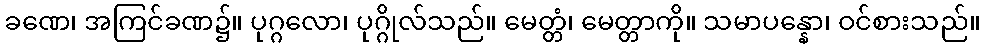
ခဏေ၊ အကြင်ခဏ၌။ ပုဂ္ဂလော၊ ပုဂ္ဂိုလ်သည်။ မေတ္တံ၊ မေတ္တာကို။ သမာပန္နော၊ ဝင်စားသည်။